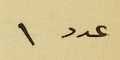
عدد ١